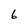
Character: 6